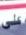
على